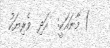
) މާނައަކީ:  އަދި  ވެރިޔަކު